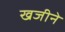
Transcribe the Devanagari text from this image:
खजीने